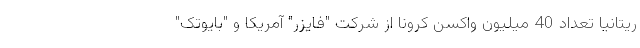
ریتانیا تعداد 40 میلیون واکسن کرونا از شرکت "فایزر" آمریکا و "بایوتک"